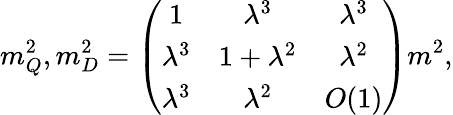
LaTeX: m_{Q}^{2},m_{D}^{2}=\left(\begin{array}{ccc}{{1}}&{{\lambda^{3}}}&{{\lambda^{3}}}\\ {{\lambda^{3}}}&{{1+\lambda^{2}}}&{{\lambda^{2}}}\\ {{\lambda^{3}}}&{{\lambda^{2}}}&{{O(1)}}\end{array}\right)m^{2},